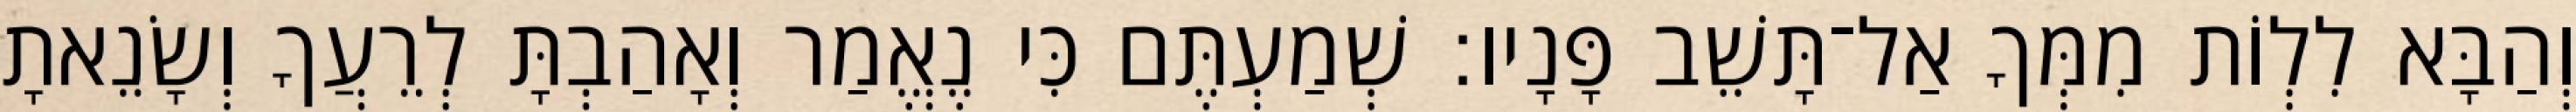
וְהַבָּא לִלְוֹת מִמְּךָ אַל־תָּשֵׁב פָּנָיו׃ שְׁמַעְתֶּם כִּי נֶאֱמַר וְאָהַבְתָּ לְרֵעֲךָ וְשָׂנֵאתָ